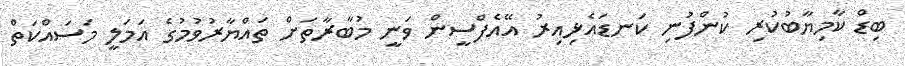
ބިޑް ކާމިޔާބުކުރި ކުންފުނި ކަނޑައެޅިއިރު އޭއެފްސީން ވަނީ މުބާރާތަށް ތައްޔާރުވުމުގެ އަމަލީ މަސައްކަތް